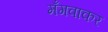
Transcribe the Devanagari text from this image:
मँगवाकर